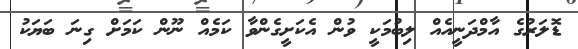
ޑޮލަރުގެ އާމްދަނީއެއް ލިބުމަކީ ވުން އެކަށީގެންވާ ކަމެއް ނޫން ކަމަށް ގިނަ ބަޔަކު